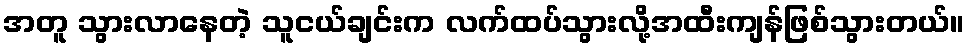
အတူ သွားလာနေတဲ့ သူငယ်ချင်းက လက်ထပ်သွားလို့အထီးကျန်ဖြစ်သွားတယ်။